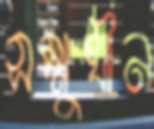
সম্মুখীন